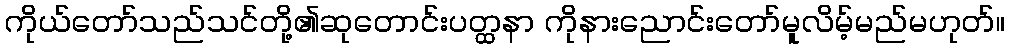
ကိုယ်တော်သည်သင်တို့၏ဆုတောင်းပတ္ထနာ ကိုနားညောင်းတော်မူလိမ့်မည်မဟုတ်။